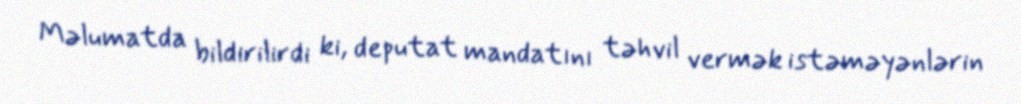
Məlumatda bildirilirdi ki, deputat mandatını təhvil vermək istəməyənlərin